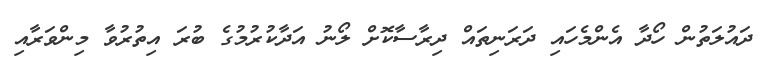
ދައުލަތުން ހޯދާ އެންމެހައި ދަރަނިތައް ދިރާސާކޮށް ލޯނު އަދާކުރުމުގެ ބުރަ އިތުރުވާ މިންވަރާއި